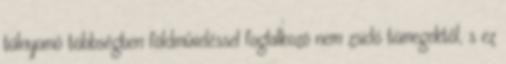
túlnyomó többségben földműveléssel foglalkozó nem zsidó tömegektől, s ez